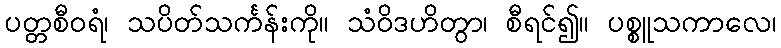
ပတ္တစီဝရံ၊ သပိတ်သင်္ကန်းကို။ သံဝိဒဟိတွာ၊ စီရင်၍။ ပစ္စူသကာလေ၊